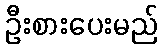
ဦးစားပေးမည်